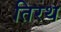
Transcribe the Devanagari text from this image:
तिरथ